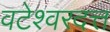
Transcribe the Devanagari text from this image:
वटेश्वरदत्त